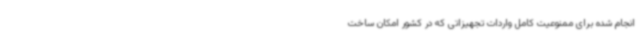
انجام شده برای ممنوعیت کامل واردات تجهیزاتی که در کشور امکان ساخت